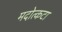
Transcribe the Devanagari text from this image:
मदोत्कटा